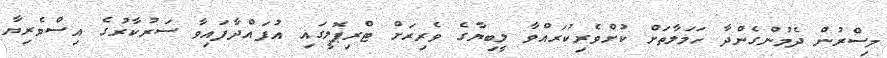
މިސްރުން ދެމުންގެންދާ ހަމަލާތަށް ކުށްވެރިކުރައްވާ ލީބިޔާގެ ވެރިރަށް ޓްރިޕޮލީގައި އުފައްދާފައިވާ ސަރުކާރުގެ އިސްވެރިޔާ